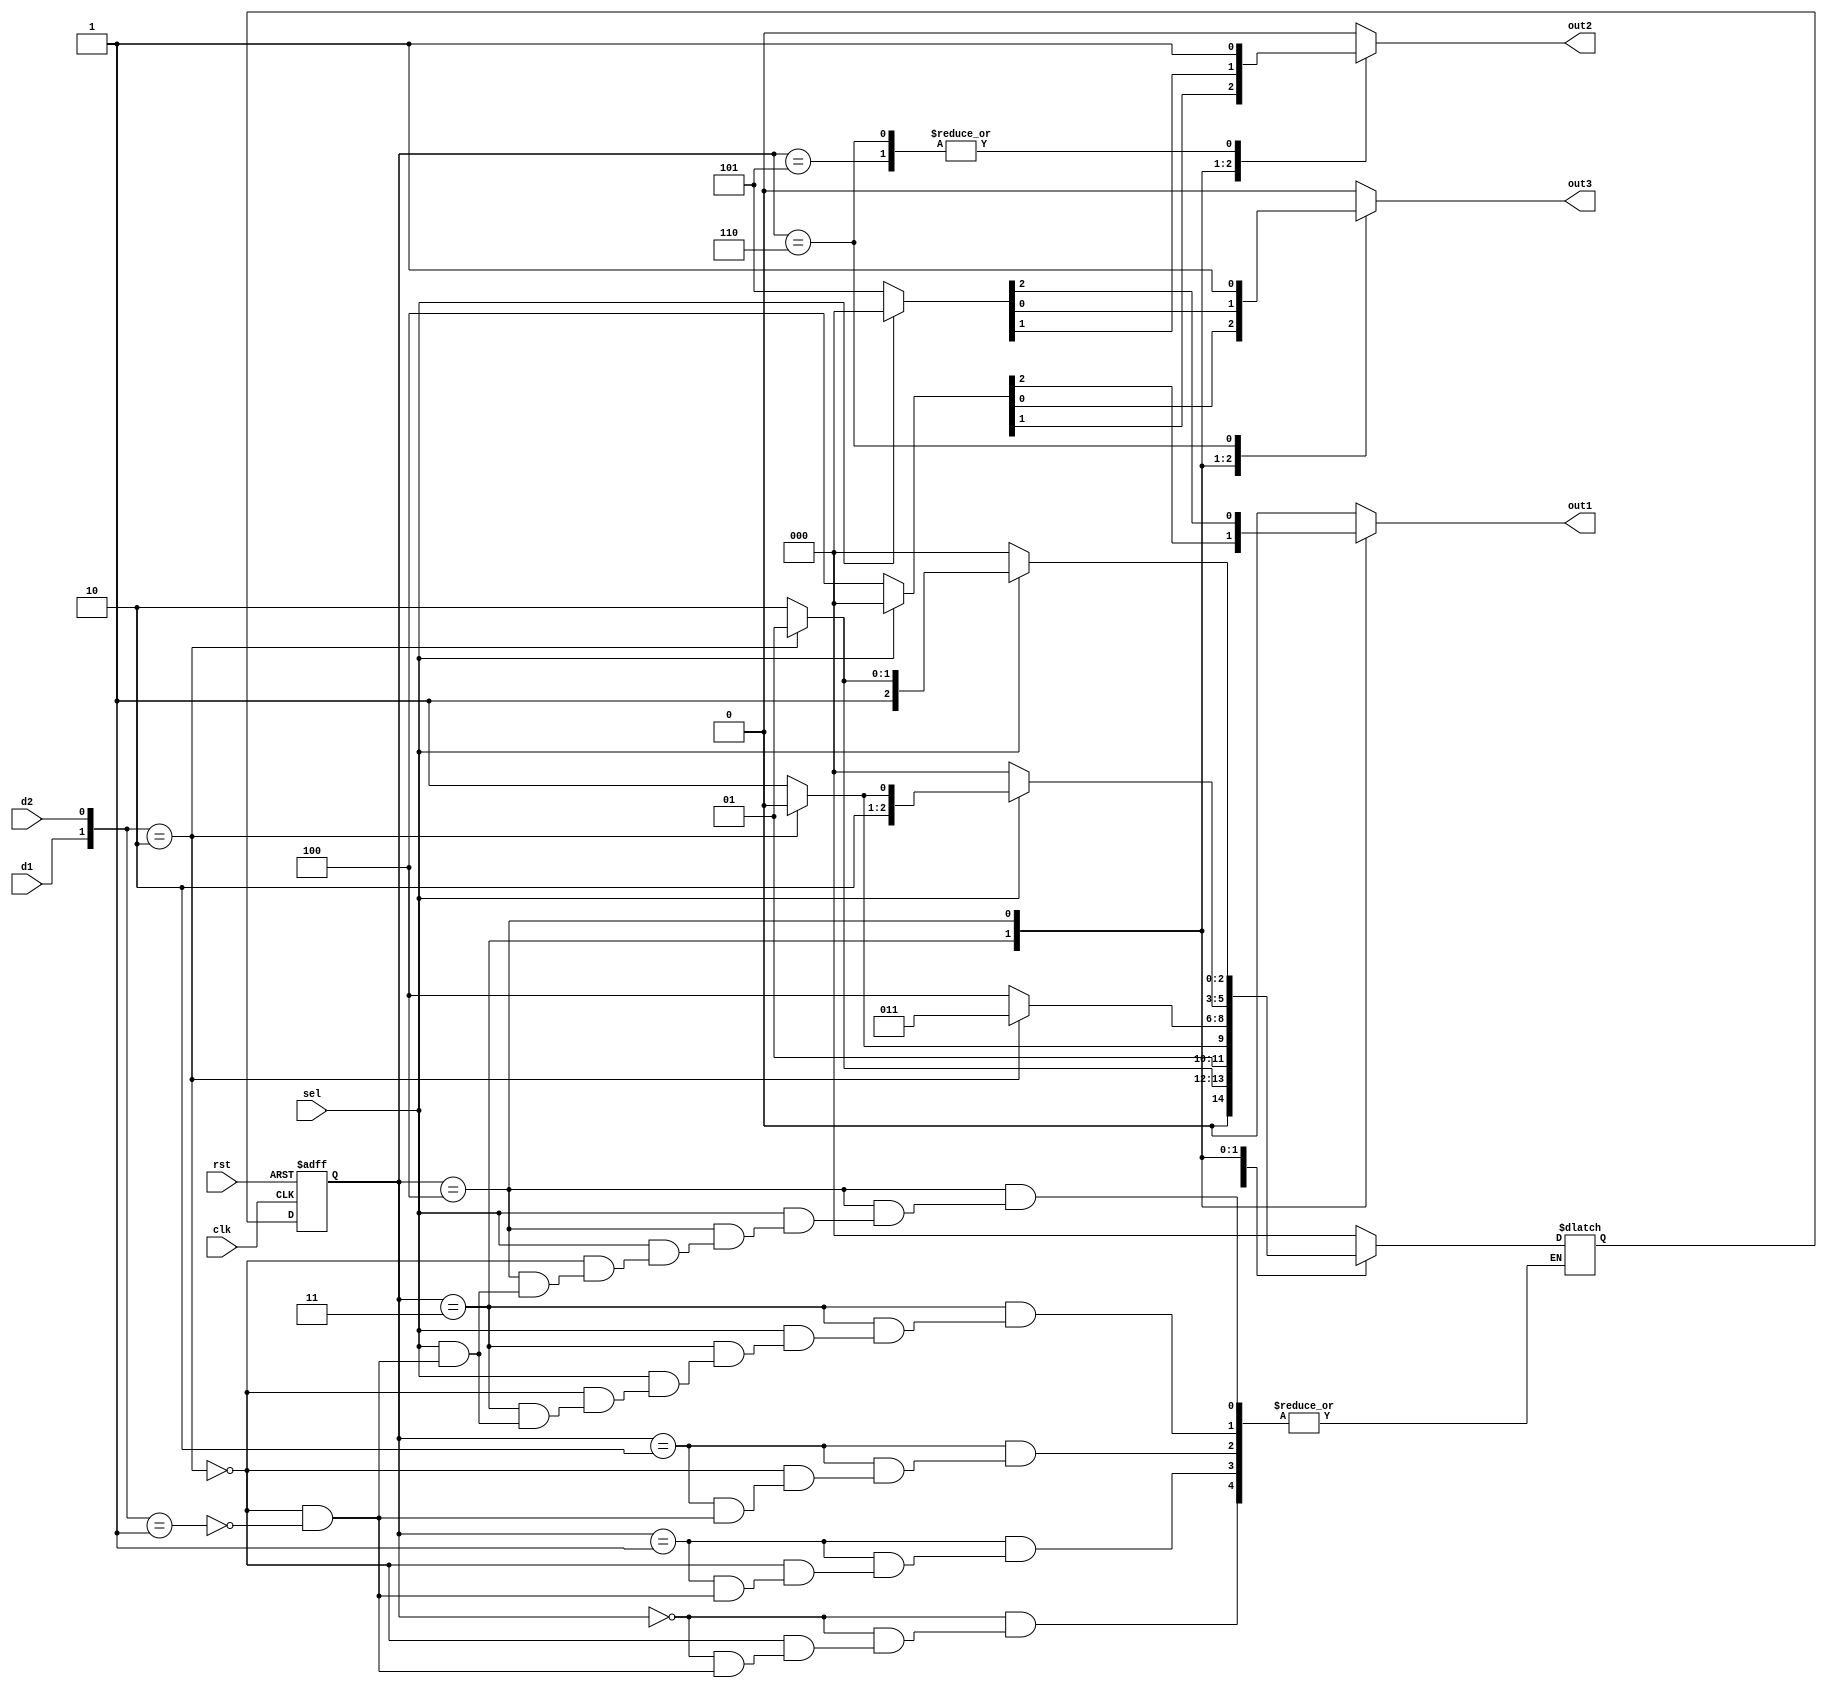
/*
    
0.5/11.5/2.50.5
ps:
110
2
rst
d1 0.5
d2 1
sel  
out1 1
out2 2
out3 
*/


`timescale 1ns/1ns

module seller2(
	input wire clk  ,
	input wire rst  ,
	input wire d1 , // 0.5
	input wire d2 , //1
	input wire sel , // sel=0:drink1,sel=1:drink2
	
	output reg out1, // drink1
	output reg out2, //drink2
	output reg out3 //change
);
//*************code***********//
  
  // Snn*0.5
    parameter S0=0,S1=1,S2=2,S3=3,S4=4,S5=5,S6=6; 
    reg [2:0] state,next;
    
    always@(posedge clk or negedge rst)
        begin
            if(~rst) state<=S0;
            else     state<=next;
        end
    
    always@(*)
        begin
            case(state)
                S0: begin
                    if({d1,d2}==2'b10) next=S1;
                    else if({d1,d2}==2'b01) next=S2;
                    else next=next; 
                  //testbenchd1d2nextS0
                end
                S1: begin
                    if({d1,d2}==2'b10) next=S2;
                    else if({d1,d2}==2'b01) next=S3;
                    else next=next;
                end
                S2: begin
                    if({d1,d2}==2'b10) next=S3;
                    else if({d1,d2}==2'b01) next=S4;
                    else next=next;
                end
                S3: begin
                    if(sel)begin
                        if({d1,d2}==2'b10) next=S4;
                        else if({d1,d2}==2'b01) next=S5;
                        else next=next;
                    end
                    else next=S0;
                end
                S4: begin
                    if(sel) begin
                        if({d1,d2}==2'b10) next=S5;
                        else if({d1,d2}==2'b01) next=S6;
                        else next=next;
                    end
                    else next=S0;
                end
                default: next=S0;
            endcase
        end
    
    always@(*)
        begin
            case(state)
                S3:begin
                    if(sel)  {out1,out2,out3}=3'b000;
                    else     {out1,out2,out3}=3'b100;
                end
                S4:begin
                    if(sel)  {out1,out2,out3}=3'b000;
                    else     {out1,out2,out3}=3'b101;
                end
                S5: {out1,out2,out3}=3'b010;
                S6: {out1,out2,out3}=3'b011;            
                default: {out1,out2,out3}=3'b000;
            endcase
        end


//*************code***********//
endmodule